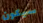
سيكون